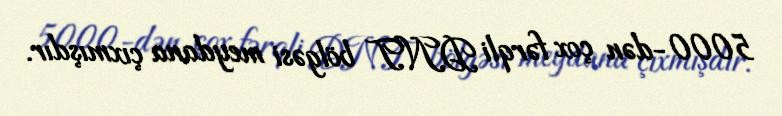
5000-dən çox fərqli DNT bölgəsi meydana çıxmışdır.